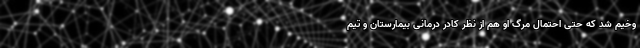
وخیم شد که حتی احتمال مرگ او هم از نظر کادر درمانی بیمارستان و تیم